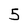
Character: 5